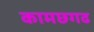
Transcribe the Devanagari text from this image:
कामछगढ